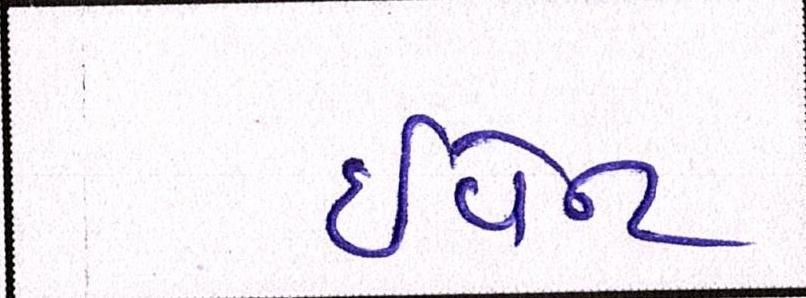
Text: ઈવેન્ટ